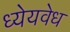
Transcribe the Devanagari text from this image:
ध्येयवेध